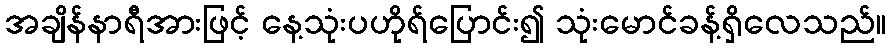
အချိန်နာရီအားဖြင့် နေ့သုံးပဟိုရ်ပြောင်း၍ သုံးမောင်ခန့်ရှိလေသည်။